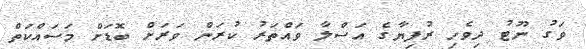
ވަގު ނޫޓު ދިވެހި ރުފިޔާގެ އަސްލާ ވައްތަރު ކުރަން ވަރަށް ބޮޑަށް މަސައްކަތް